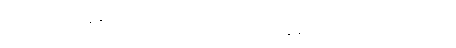
လွန်ကဲသော တေဇောဓာတ်ရှိသော။ ဥဏှောဒကဿ၊ ရေနွေး၏ (မီးအကူအညီပါသောကြောင့်